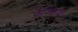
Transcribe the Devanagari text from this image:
फ्रैन्किया